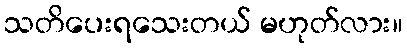
သတိပေးရသေးတယ် မဟုတ်လား။